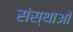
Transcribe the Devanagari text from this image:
संस्थाओँ